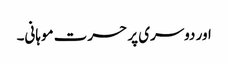
اور دوسری پر حسرت موہانی۔